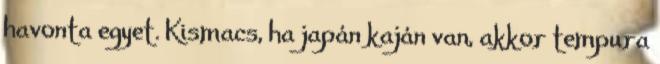
havonta egyet. Kismacs, ha japán kaján van, akkor tempura